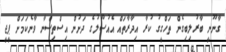
ގާނޫނީ ބާރުލިބިގެން ތަހްގީގު ކުރާ އިދާރާތައް އެއުސޫލުގެ ދަށުން އިސްތިސްނާ ވާނެކަމަށް ޕީޖީ